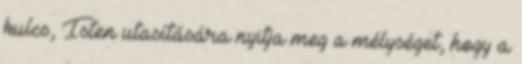
kulcs, Isten utasítására nyitja meg a mélységet, hogy a